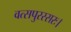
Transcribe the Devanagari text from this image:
वत्सपुरस्सरः।